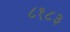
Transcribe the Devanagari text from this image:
८१८३